Vaccination United Provinces of Agra and Oudh 1923-1928 - 1923-1928
Year: 1923
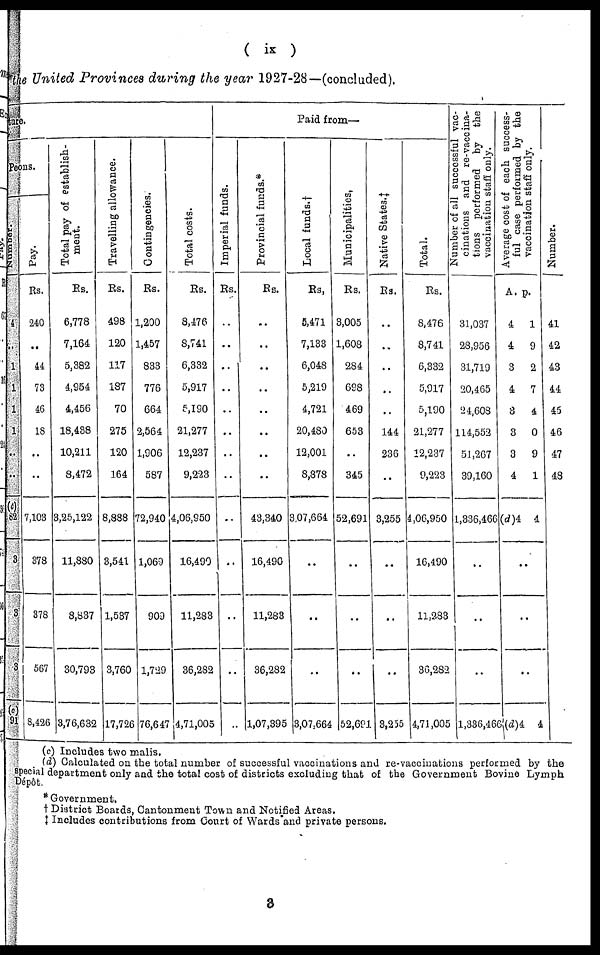
( ix )
the United Provinces during the year 1927-28—(concluded).
ture.
Peons.
Number.
4
..
1
1
1
1
..
..
(c)
82
3
3
3
(c)
91
Pay.
Rs.
240
..
44
73
46
18
..
..
7,103
378
378
567
8,426
Total pay of establish-
ment.
Rs.
6,778
7,164
5,382
4,954
4,456
18,438
10,211
8,472
3,25,122
11,880
8,837
30,793
3,76,632
Travelling allowance.
Rs.
498
120
117
187
70
275
120
164
8,888
3,541
1,537
3,760
17,726
Contingencies.
Rs.
1,200
1,457
833
776
664
2,564
1,906
587
72,940
1,069
909
1,729
76,647
Total costs.
Rs.
8,476
8,741
6,332
5,917
5,190
21,277
12,237
9,223
4,06,950
16,490
11,283
36,282
4,71,005
Paid from—
Imperial funds.
Rs.
..
..
..
..
..
..
..
..
..
..
..
..
..
Provincial funds.*
Rs.
..
..
..
..
..
..
..
..
43,340
16,490
11,283
36,282
1,07,395
Local funds.†
Rs.
5,471
7,133
6,048
5,219
4,721
20,480
12,001
8,878
3,07,664
..
..
..
3,07,664
Municipalities.
Rs.
3,005
1,608
284
698
469
653
..
345
52,691
..
..
..
52,691
Native States.‡
Rs.
..
..
..
..
..
144
236
..
3,255
..
..
..
3,255
Total.
Rs.
8,476
8,741
6,332
5,917
5,190
21,277
12,237
9,223
4,06,950
16,490
11,283
36,282
4,71,005
Number of all successful vac-
cinations and re-vaccina-
tions performed by the
vaccination staff only.
31,037
28,956
31,719
20,465
24,608
114,552
51,267
39,160
1,336,466
..
..
..
1,336,466
Ave r
a ge c o s t of e a c h s uc c e s s -
ful case performed by t
vaccination staff only.
A.
4
4
3
4
3
3
3
4
(d)4
p.
1
9
2
7
4
0
9
1
4
..
..
..
(d)4 4
Number.
41
42
43
44
45
46
47
48
(c) Includes two malis.
(d) Calculated on the total number of successful vaccinations and re-vaccinations performed by the
special department only and the total cost of districts excluding that of the Government Bovine Lymph
Dépôt.
* Government,
† District Boards, Cantonment Town and Notified Areas.
‡ Includes contributions from Court of Wards and private persons.
3